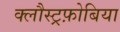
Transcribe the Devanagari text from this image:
क्लौस्ट्रफ़ोबिया